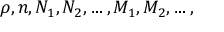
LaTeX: \rho , n , N _ { 1 } , N _ { 2 } , \ldots , M _ { 1 } , M _ { 2 } , \ldots ,